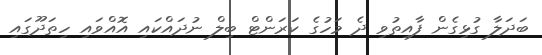
ބަދަލާ ގުޅިގެން ފާއިތުވި ދެ މަހުގެ ކަރަންޓް ބިލް ނުދައްކައި އޮއްވައި ހިތަދޫގައި